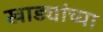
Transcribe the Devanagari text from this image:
खाड्यांच्या